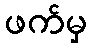
ဖက်မှ